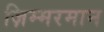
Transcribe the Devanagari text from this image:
ज़िम्मरमान